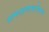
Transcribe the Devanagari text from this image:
ग्रामरक्षणाबरोबरच